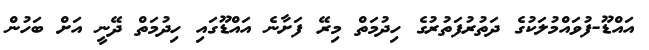
އައްޑޫ-ފުވައްމުލަކުގެ ދަތުރުފަތުރުގެ ހިދުމަތް މިރޭ ފަށާނެ އައްޑޫގައި ހިދުމަތް ދޭނީ އަށް ބަހުން